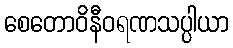
စေတောဝိနီဝရဏသပ္ပါယာ